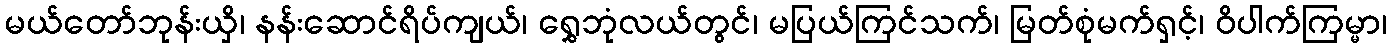
မယ်တော်ဘုန်းယှိ၊ နန်းဆောင်ရိပ်ကျယ်၊ ရွှေဘုံလယ်တွင်၊ မပြယ်ကြင်သက်၊ မြတ်စုံမက်ရှင့်၊ ဝိပါက်ကြမ္မာ၊